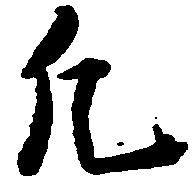
凡